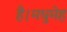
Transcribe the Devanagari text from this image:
है।मधुमेह